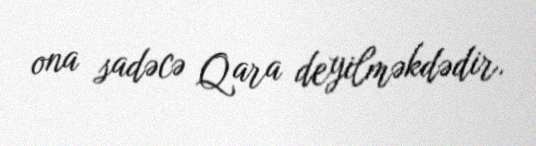
ona sadəcə Qara deyilməkdədir.